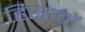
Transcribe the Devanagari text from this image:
हिसाबों